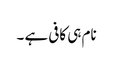
نام ہی کافی ہے ۔